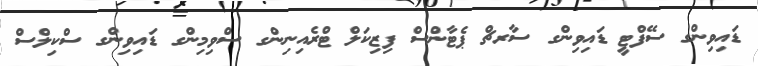
ޑައިވިންގ ސޭފްޓީ ޑައިވިންގ ސާރޗް ޕެޓާންސް ފިޒިކަލް ޓްރެއިނިންގ ސްވިމިންގ ޑައިވިންގ ސްކިލްސް